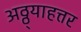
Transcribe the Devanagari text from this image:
अठ्ठ्याहत्तर